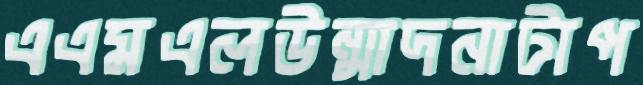
এএমএলউন্মাদনাটাপ